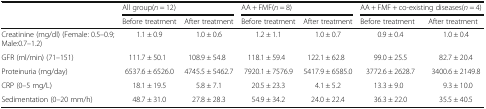
<table><thead><tr><td rowspan="2"></td><td colspan="2"><b>All group(<i>n</i> = 12)</b></td><td colspan="2"><b>AA + FMF(<i>n</i> = 8)</b></td><td colspan="2"><b>AA + FMF + co-existing diseases(<i>n</i> = 4)</b></td></tr><tr><td><b>Before treatment</b></td><td><b>After treatment</b></td><td><b>Before treatment</b></td><td><b>After treatment</b></td><td><b>Before treatment</b></td><td><b>After treatment</b></td></tr></thead><tbody><tr><td>Creatinine (mg/dl) (Female: 0.5–0.9; Male:0.7–1.2)</td><td>1.1 ± 0.9</td><td>1.0 ± 0.6</td><td>1.2 ± 1.1</td><td>1.0 ± 0.7</td><td>0.9 ± 0.4</td><td>1.0 ± 0.4</td></tr><tr><td>GFR (ml/min) (71–151)</td><td>111.7 ± 50.1</td><td>108.9 ± 54.8</td><td>118.1 ± 59.4</td><td>122.1 ± 62.8</td><td>99.0 ± 25.5</td><td>82.7 ± 20.4</td></tr><tr><td>Proteinuria (mg/day)</td><td>6537.6 ± 6526.0</td><td>4745.5 ± 5462.7</td><td>7920.1 ± 7576.9</td><td>5417.9 ± 6585.0</td><td>3772.6 ± 2628.7</td><td>3400.6 ± 2149.8</td></tr><tr><td>CRP (0–5 mg/L)</td><td>18.1 ± 19.5</td><td>5.8 ± 7.1</td><td>20.5 ± 23.3</td><td>4.1 ± 5.2</td><td>13.3 ± 9.0</td><td>9.3 ± 10.0</td></tr><tr><td>Sedimentation (0–20 mm/h)</td><td>48.7 ± 31.0</td><td>27.8 ± 28.3</td><td>54.9 ± 34.2</td><td>24.0 ± 22.4</td><td>36.3 ± 22.0</td><td>35.5 ± 40.5</td></tr></tbody></table>